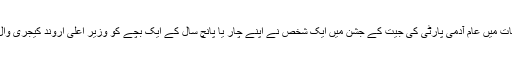
دہلی کے اسمبلی انتخابات میں عام آدمی پارٹی کی جیت کے جشن میں ایک شخص نے اپنے چار یا پانچ سال کے ایک بچے کو وزیر اعلیٰ اروند کیجری وال کے روپ میں سجایا۔